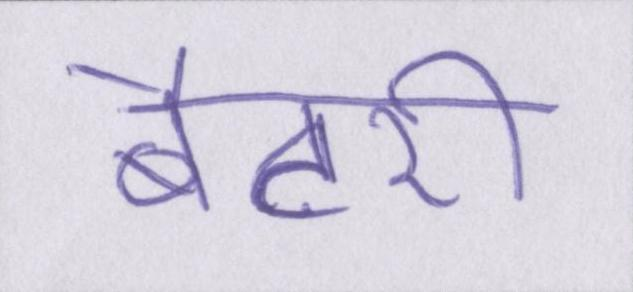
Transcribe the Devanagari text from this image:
बैटरी